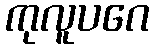
ကုလူပဂေ